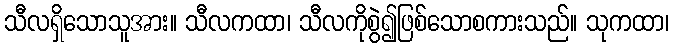
သီလရှိသောသူအား။ သီလကထာ၊ သီလကိုစွဲ၍ဖြစ်သောစကားသည်။ သုကထာ၊